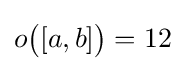
o{\bigl (}[a,b]{\bigr )}=12